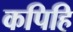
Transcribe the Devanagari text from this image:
कपिहि